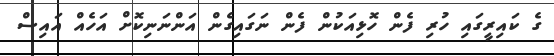
ގެ ކައިރީގައި ހުރި ފެން ހޮޅިއަކުން ފެން ނަގައިގެން އަންނަނިކޮށް އަހެއް އައިސް